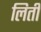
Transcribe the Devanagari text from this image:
लिती